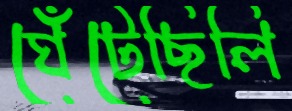
ঘেঁটেছিলি